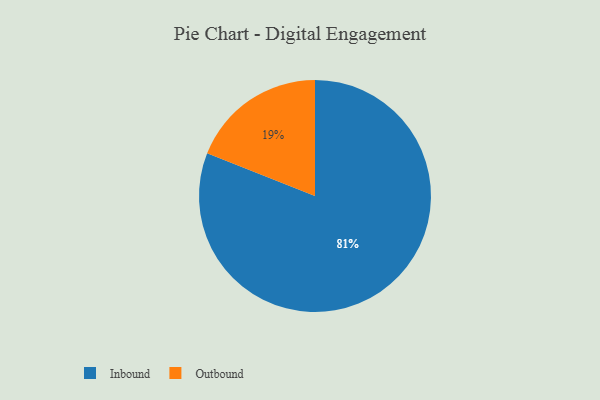
{"axis": {"x": "Category", "y": "Percentage"}, "legend": ["Inbound", "Outbound"], "data": [{"x": "Inbound", "y": 81, "type": "Inbound"}, {"x": "Outbound", "y": 19, "type": "Outbound"}]}